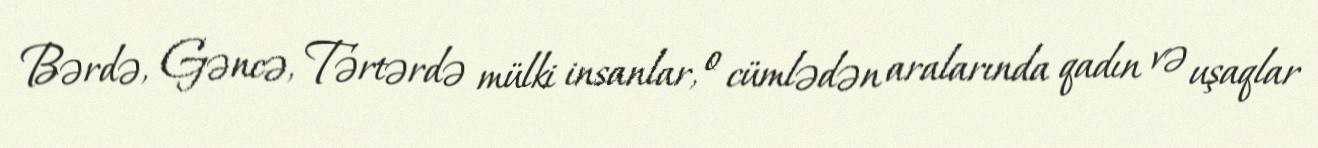
Bərdə, Gəncə, Tərtərdə mülki insanlar, o cümlədən aralarında qadın və uşaqlar